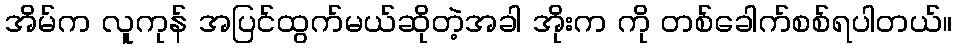
အိမ်က လူကုန် အပြင်ထွက်မယ်ဆိုတဲ့အခါ အိုးက ကို တစ်ခေါက်စစ်ရပါတယ်။